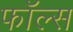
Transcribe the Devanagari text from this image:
फाॅल्स